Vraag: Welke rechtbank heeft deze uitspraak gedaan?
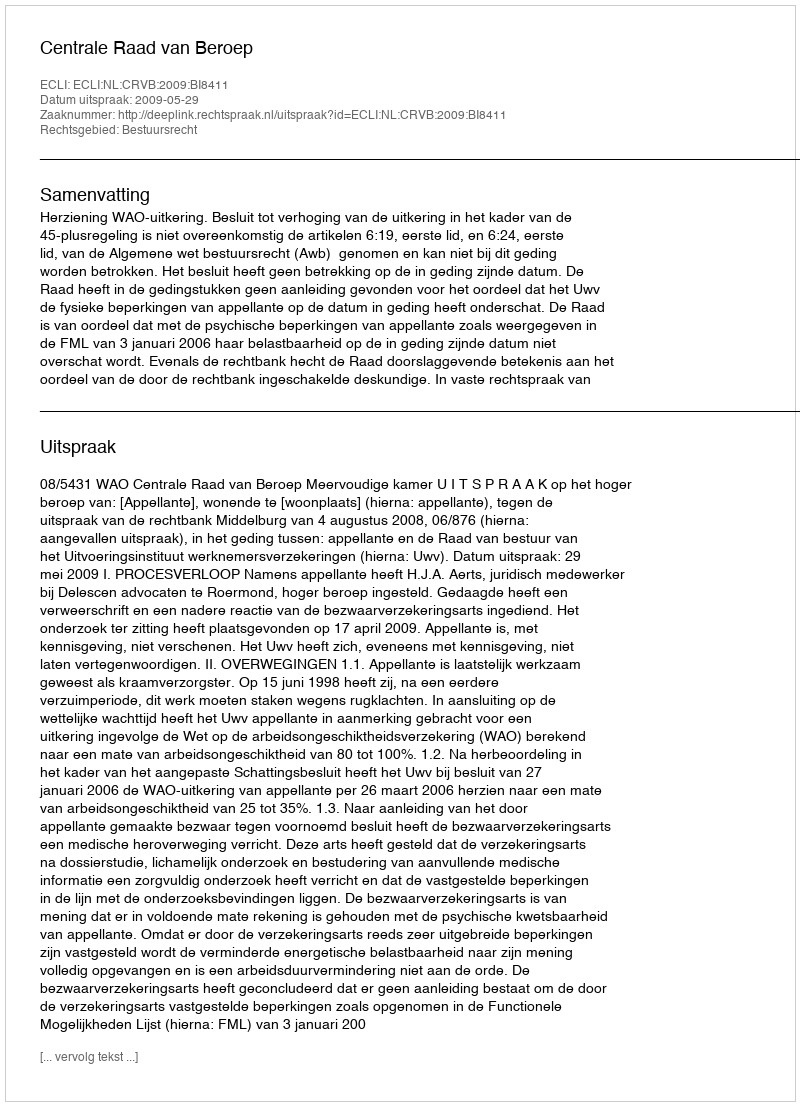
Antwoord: Centrale Raad van Beroep